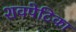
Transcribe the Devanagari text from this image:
शवपेटिका